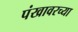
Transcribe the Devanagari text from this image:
पंखावरच्या